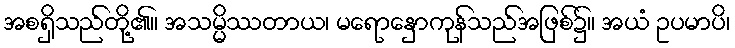
အစရှိသည်တို့၏။ အသမ္မိဿတာယ၊ မရောနှောကုန်သည်အဖြစ်၌။ အယံ ဥပမာပိ၊